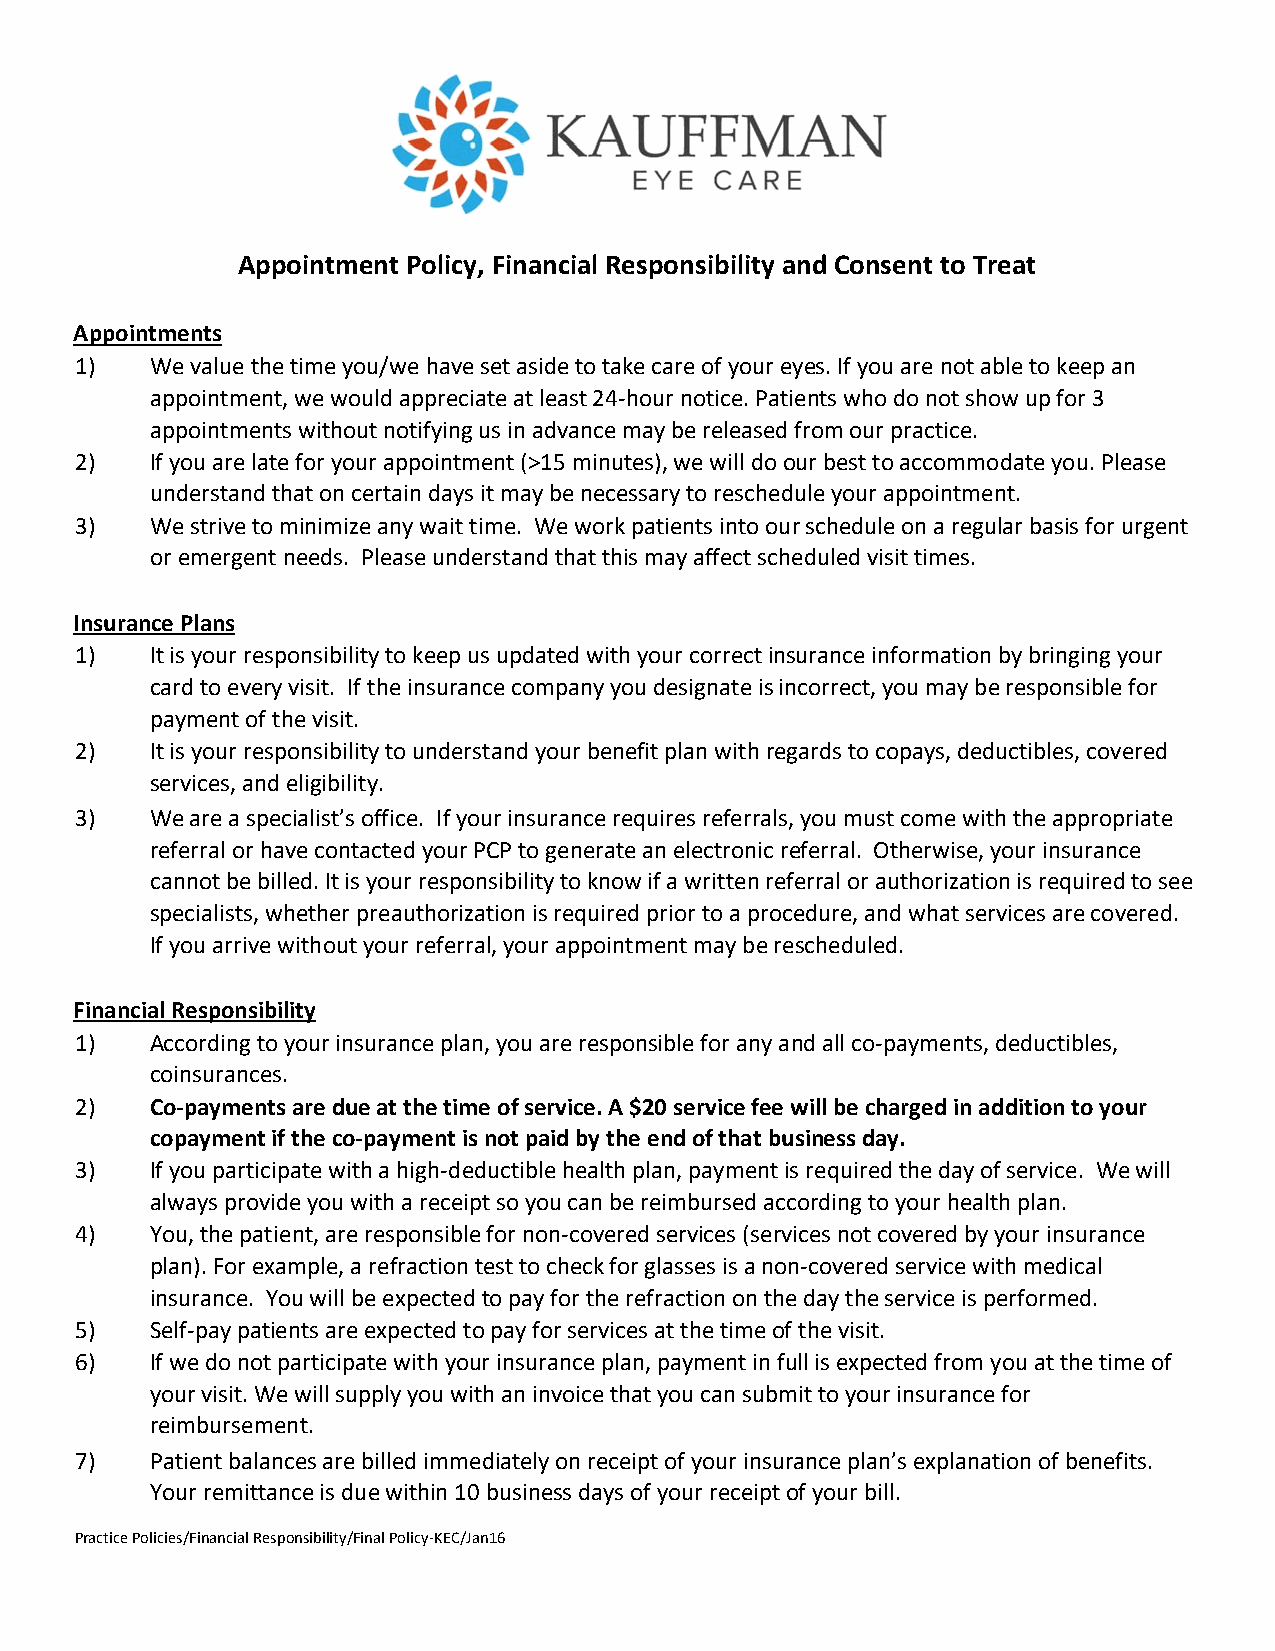
Appointment Policy, Financial Responsibility and Consent to Treat
 Appointments
 1)   We value the time you/we have set aside to take care of your eyes. If you are not able to keep an
 appointment, we would appreciate at least 24‐hour notice. Patients who do not show up for 3
 appointments without notifying us in advance may be released from our practice.
 2)   If you are late for your appointment (>15 minutes), we will do our best to accommodate you. Please
 understand that on certain days it may be necessary to reschedule your appointment.
 3)   We strive to minimize any wait time. We work patients into our schedule on a regular basis for urgent
 or emergent needs. Please understand that this may affect scheduled visit times.
 Insurance Plans
 1)   It is your responsibility to keep us updated with your correct insurance information by bringing your
 card to every visit. If the insurance company you designate is incorrect, you may be responsible for
 payment of the visit.
 2)   It is your responsibility to understand your benefit plan with regards to copays, deductibles, covered
 services, and eligibility.
 3)   We are a specialist’s office. If your insurance requires referrals, you must come with the appropriate
 referral or have contacted your PCP to generate an electronic referral. Otherwise, your insurance
 cannot be billed. It is your responsibility to know if a written referral or authorization is required to see
 specialists, whether preauthorization is required prior to a procedure, and what services are covered.
 If you arrive without your referral, your appointment may be rescheduled.
 Financial Responsibility
 1)   According to your insurance plan, you are responsible for any and all co‐payments, deductibles,
 coinsurances.
 2)   Co‐payments are due at the time of service. A $20 service fee will be charged in addition to your
 copayment if the co‐payment is not paid by the end of that business day.
 3)   If you participate with a high‐deductible health plan, payment is required the day of service. We will
 always provide you with a receipt so you can be reimbursed according to your health plan.
 4)   You, the patient, are responsible for non‐covered services (services not covered by your insurance
 plan). For example, a refraction test to check for glasses is a non‐covered service with medical
 insurance. You will be expected to pay for the refraction on the day the service is performed.
 5)   Self‐pay patients are expected to pay for services at the time of the visit.
 6)   If we do not participate with your insurance plan, payment in full is expected from you at the time of
 your visit. We will supply you with an invoice that you can submit to your insurance for
 reimbursement.
 7)   Patient balances are billed immediately on receipt of your insurance plan’s explanation of benefits.
 Your remittance is due within 10 business days of your receipt of your bill.
 Practice Policies/Financial Responsibility/Final Policy‐KEC/Jan16